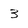
Character: 3